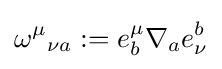
\omega ^{\mu }{}_{\nu a}:=e_{b}^{\mu }\nabla _{a}e_{\nu }^{b}